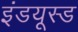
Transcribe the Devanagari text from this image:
इंडयूस्ड